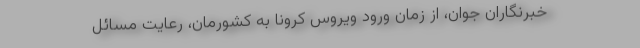
خبرنگاران جوان، از زمان ورود ویروس کرونا به کشورمان، رعایت مسائل